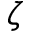
\zeta